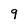
Character: 9